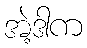
အဲ့ဒါက